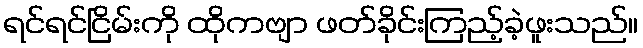
ရင်ရင်ငြိမ်းကို ထိုကဗျာ ဖတ်ခိုင်းကြည့်ခဲ့ဖူးသည်။